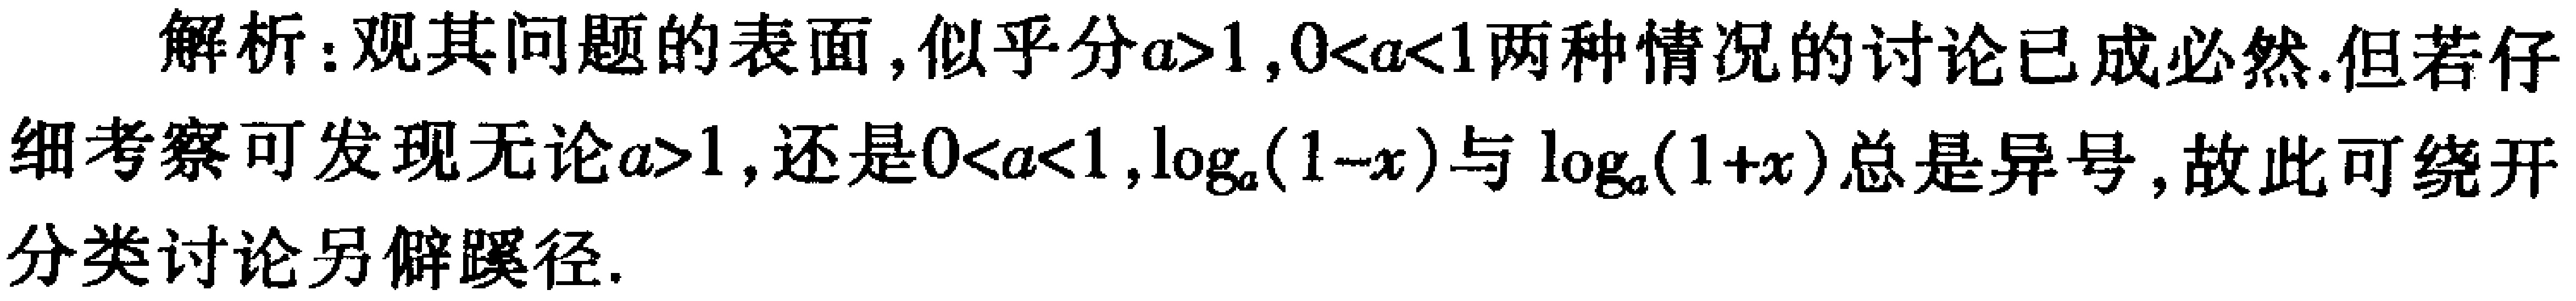
解析：观其问题的表面，似乎分\(a > 1,0 < a < 1\)两种情况的讨论已成必然. 但若仔细考察可发现无论\(a > 1\)，还是\(0 < a < 1\)，\(\log_a(1 - x)\)与\(\log_a(1 + x)\)总是异号，故此可绕开分类讨论另僻蹊径.